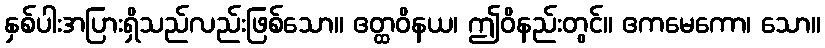
နှစ်ပါးအပြားရှိသည်လည်းဖြစ်သော။ ဧတ္ထဝိနယ၊ ဤဝိနည်းတွင်။ ဧကမေကော၊ သော။